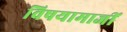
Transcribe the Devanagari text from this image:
विषयामाजीं